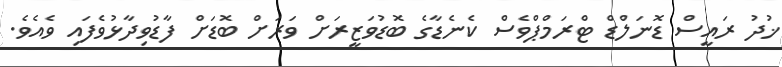
ޚުދު ރައީސް ޑޮނަލްޑް ޓްރަމްޕްވެސް ކެނެޑާގެ ބޮޑުވަޒީރަށް ވަރަށް ބޮޑަށް ފާޑުވިދާޅުވެފައި ވެއެވެ.